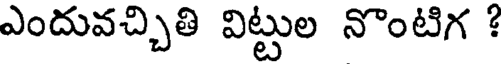
ఎందువచ్చితి విట్టుల నొంటిగ :